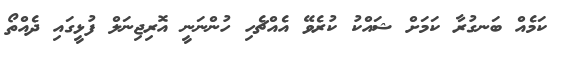
ކަމެއް ބަނގުރާ ކަމަށް ޝައްކު ކުރެވޭ އެއްޗެހި ހުންނަނީ އޮރިޖިނަލް ފުޅީގައި ދެއްތޯ